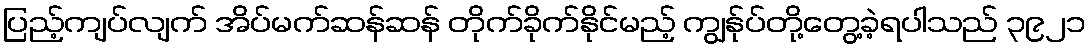
ပြည့်ကျပ်လျက် အိပ်မက်ဆန်ဆန် တိုက်ခိုက်နိုင်မည့် ကျွန်ုပ်တို့တွေ့ခဲ့ရပါသည် ၃၉၂၁